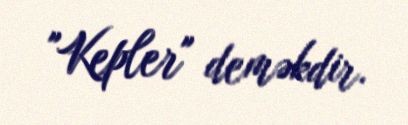
"Kepler" deməkdir.